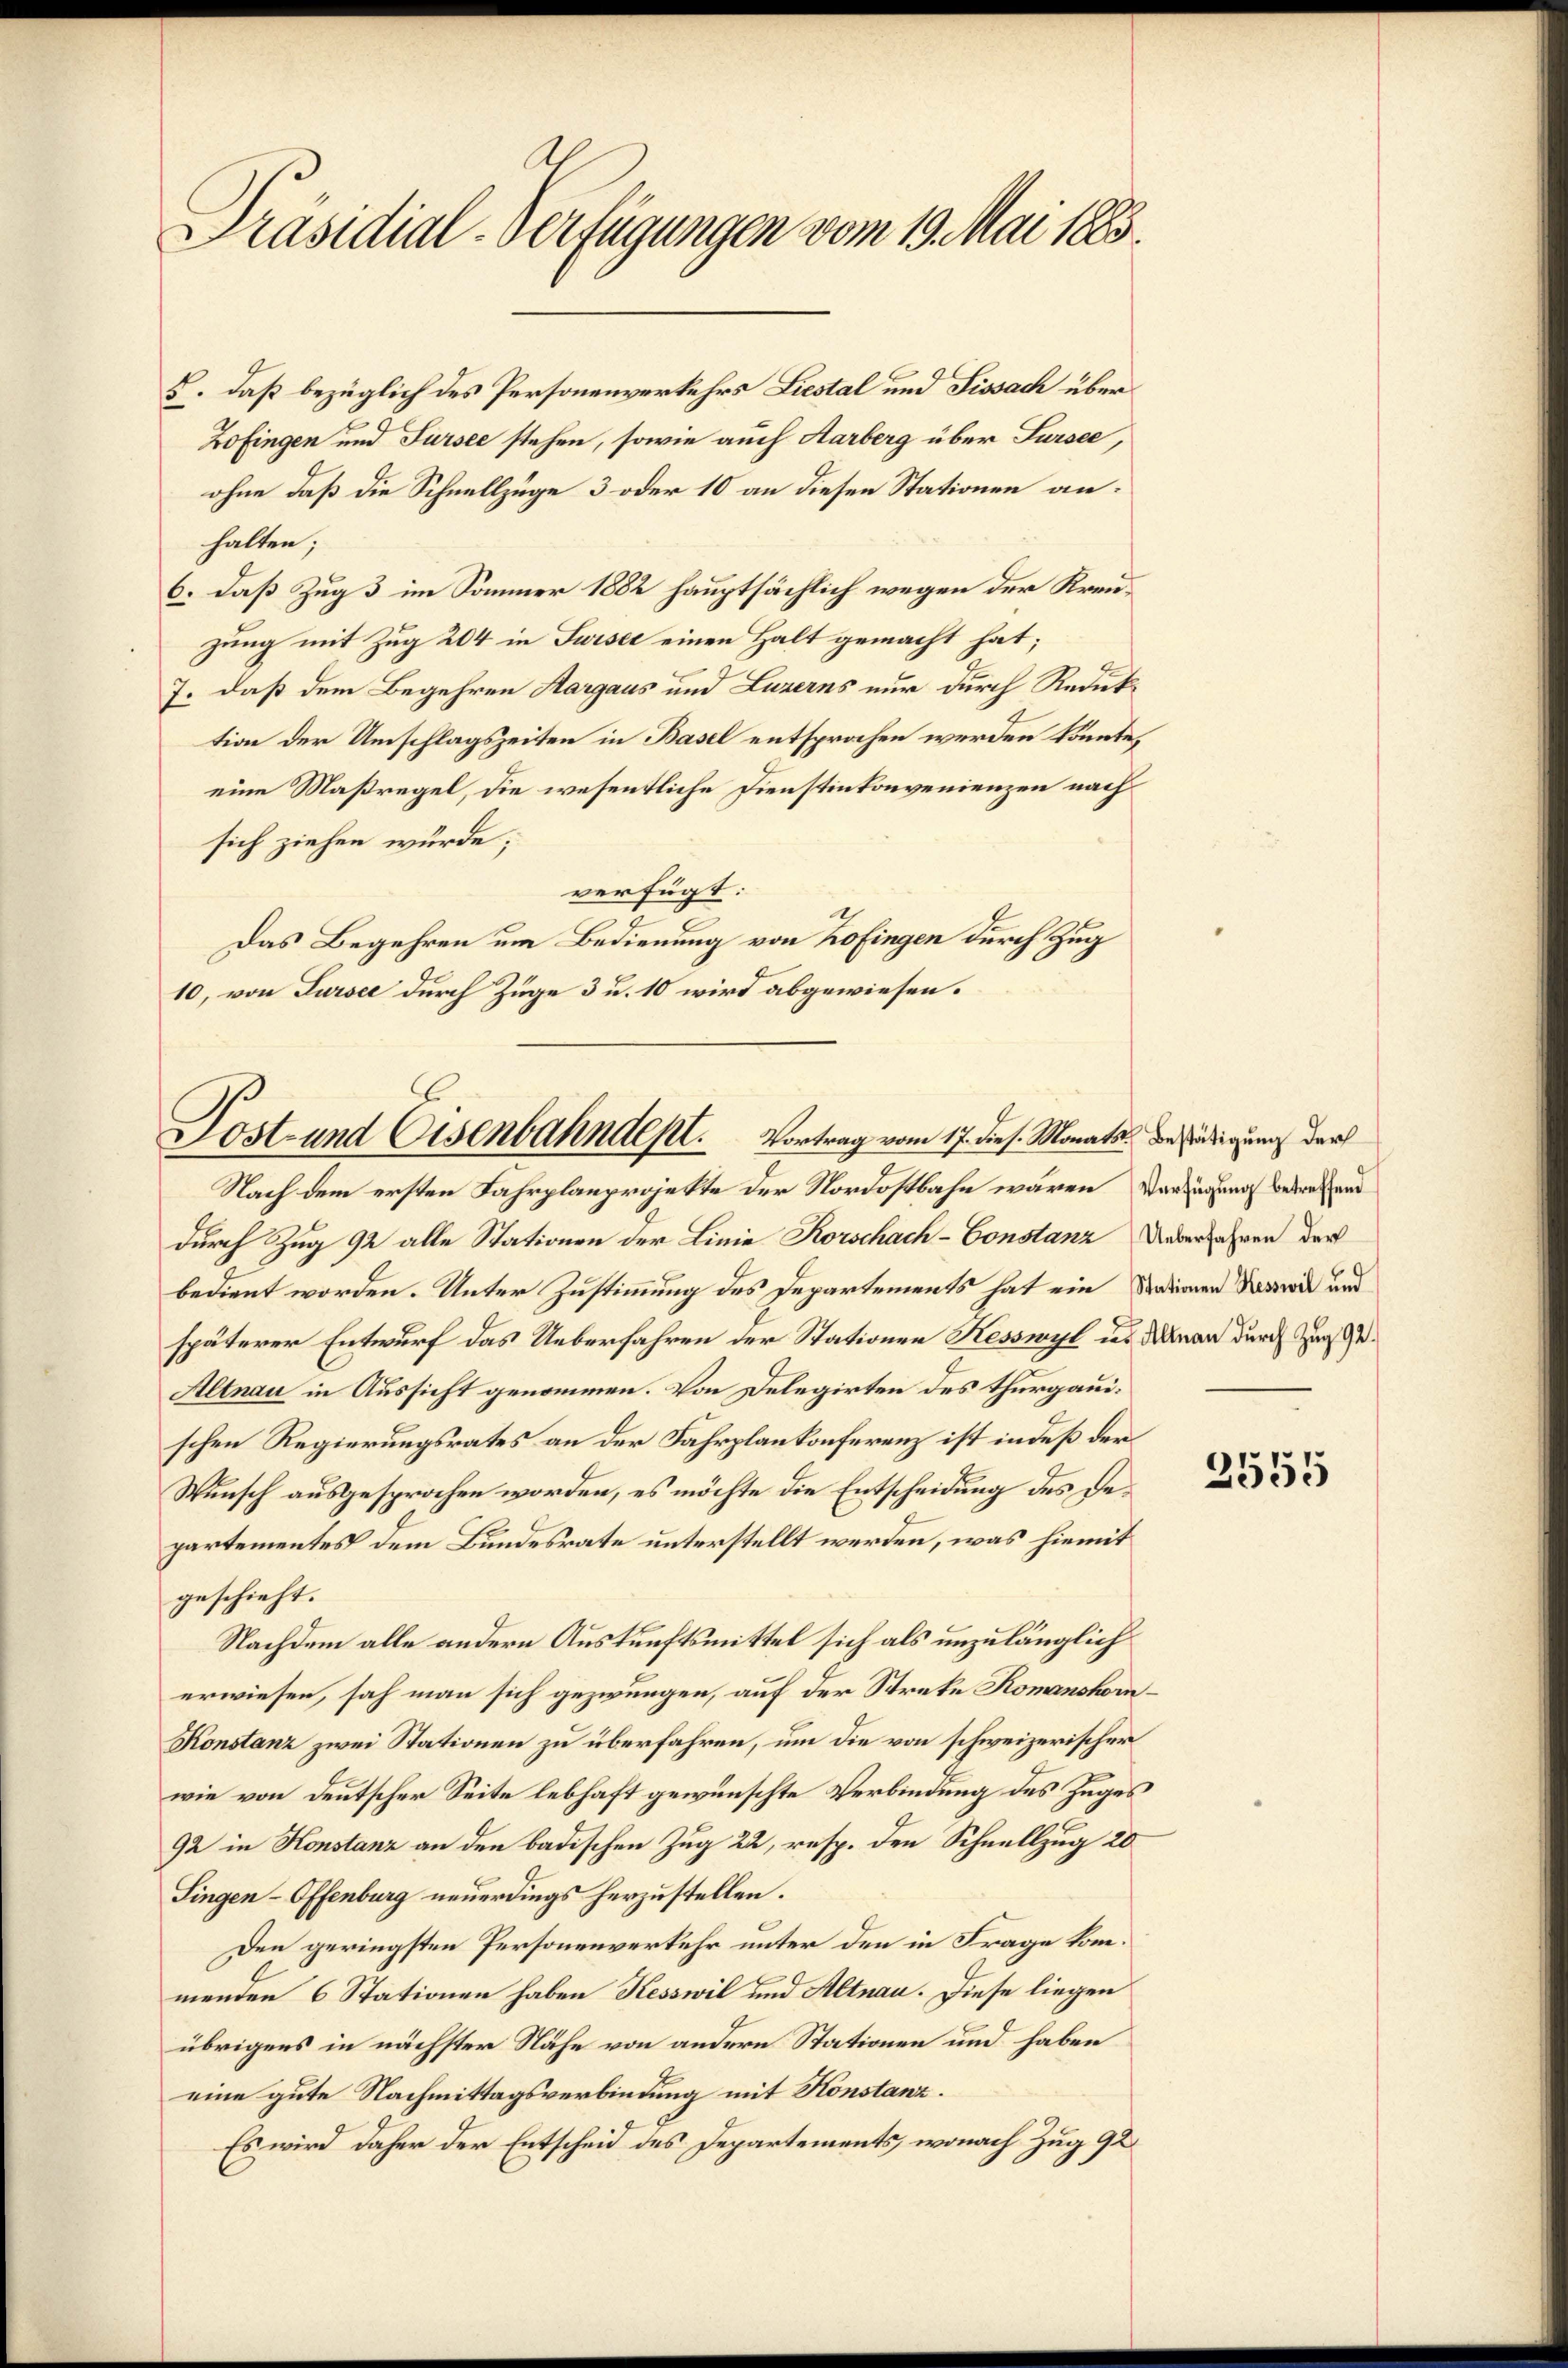
Al
Präsidial-Verfügungen vom 19. Mai 1883.

B. daß bezüglich des Personenverkehrs Liestal und Sissach über
Zofingen und Sursee stehen, sowie auch Aarberg über Sursee,
ohne daß die Schnellzüge 3 oder 10 an diesen Stationen an:
halten;
6. daß Zug 3 im Sommer 1882 hauptsächlich wegen der Kreuzung mit Zug 204 in Swiser einen Halt gemacht hat;
7. daß dem Begehren Aargaus und Luzerns nur durch Reduktion der Umschlagszeiten in Basel entsprochen werden könnte,
eine Maßregel, die wesentliche Dienstinkonvenienzen nach
sich ziehen würde;
verfügt:
Das Begehren um Bedienung von 20 fingen durch Zug
10, von Sursee durch Zuge 3 u. 10 wird abgewiesen.

Dost- und Eisenbahndept. Vortrag vom 17. dies. Monats Beschädigung durch
Nach dem ersten Fahrplanprojekte der Nordostbahn waren Vorzugung betreffend

durch Zug 92 alle Stationen der Linie Korschach-Constanz Ueberfahren der
bedient worden. Unter Zustimmung des Departements hat ein Saanen Verwil und
späterer Entwurf das Ueberfahren der Stationen Kesswyl u. dan durch Zug Ge¬
Altnau in Aussicht genommen. Von Delegirten des thurgauischen Regierungsrates an der Fahrplankonferenz ist indeß der
Wunsch ausgesprochen worden, es möchte die Entscheidung des Departementes dem Bundesrate unterstellt werden, was hiemit
geschieht.
Nachdem alle andern Auskunftsmittel sich als unzulänglich
erwiesen, sah man sich gezwungen, auf der Streke Komanshorn¬
Konstanz zwei Stationen zu überfahren, um die von schweizerischer
wie von deutscher Seite lebhaft gewünschte Verbindung des Zuges
92 in Konstanz an den badischen Zug 22, resp. den Schnellzug 20
Singen-Offenburg neuerdings herzustellen.
Den geringsten Personenverkehr unter den in Frage kommenden 6 Stationen haben Kesswil und Altnau. Diese liegen
übrigens in nächster Nähe von andern Stationen und haben
eine gute Nachmittagsverbindung mit Konstanz¬
Es wird daher der Entscheid des Departements, wonach Zug 92

2555